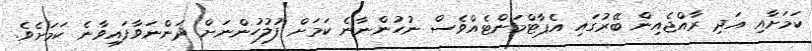
ކަމަށާއި އަދި ރާއްޖެއިން ބޭރުގައި އެޕާޓްމަންޓެއްވެސް ނުހުންނާނެ ކަމަށް ފުލުހުންނަށް ދަންނަވާފައިވާނެ ކަމަށެވެ.